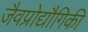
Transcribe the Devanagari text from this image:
जैवप्रोद्यौगिकी